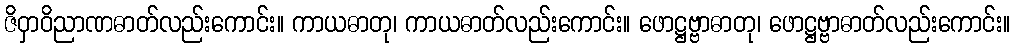
ဇိဝှာဝိညာဏဓာတ်လည်းကောင်း။ ကာယဓာတု၊ ကာယဓာတ်လည်းကောင်း။ ဖောဋ္ဌဗ္ဗာဓာတု၊ ဖောဋ္ဌဗ္ဗာဓာတ်လည်းကောင်း။